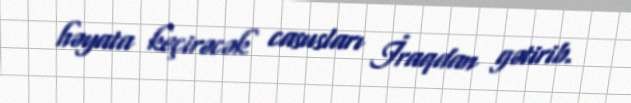
həyata keçirəcək casusları İraqdan gətirib.